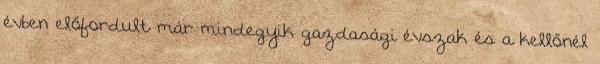
évben előfordult már mindegyik gazdasági évszak és a kellőnél